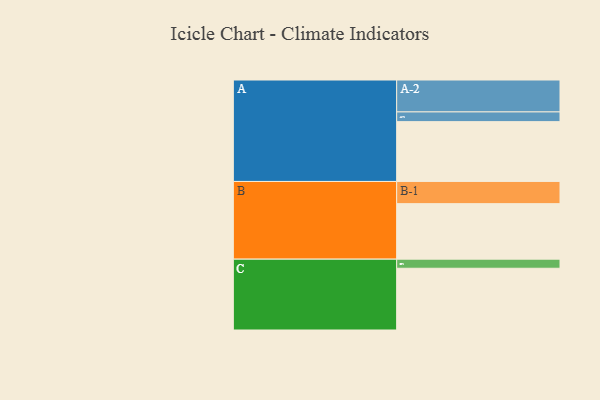
{"axis": {"x": "Segment", "y": "Value"}, "legend": ["", "A", "B", "C"], "data": [{"x": "A", "y": 375, "type": ""}, {"x": "B", "y": 348, "type": ""}, {"x": "C", "y": 387, "type": ""}, {"x": "A-1", "y": 61, "type": "A"}, {"x": "A-2", "y": 200, "type": "A"}, {"x": "B-1", "y": 139, "type": "B"}, {"x": "C-1", "y": 57, "type": "C"}]}